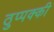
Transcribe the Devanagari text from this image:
ठुप्पक्की